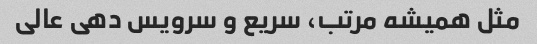
مثل همیشه مرتب، سریع و سرویس دهی عالی